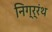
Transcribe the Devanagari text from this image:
निग्र्रंथ